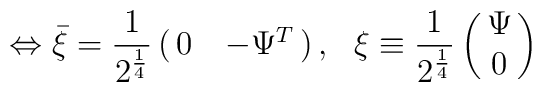
\Leftrightarrow\bar{\xi} = {1 \over2^{1 \over 4}} \pmatrix{0 & -\Psi^{T}  \cr} , \, \hspace{2mm} \xi \equiv {1 \over 2^{1 \over 4}} \pmatrix{\Psi \cr0 \cr}